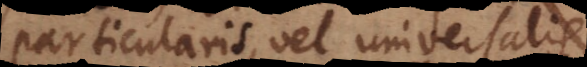
particularis, vel universalis.